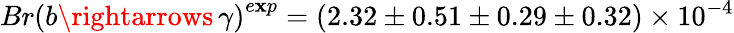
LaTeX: {Br(b\rightarrows\, \gamma)}^{e\mathbf{x}p}=\left(2.32\pm0.51\pm0.29\pm0.32\right)\times10^{-4}